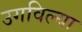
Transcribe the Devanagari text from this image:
उगविल्या